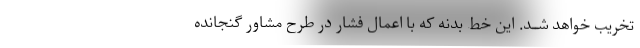
تخریب خواهد شــد. این خط بدنه که با اعمال فشار در طرح مشاور گنجانده